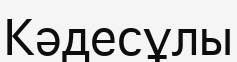
Кәдесұлы